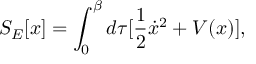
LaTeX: S _ { E } [ x ] = \int _ { 0 } ^ { \beta } d \tau [ \frac { 1 } { 2 } \dot { x } ^ { 2 } + V ( x ) ] ,